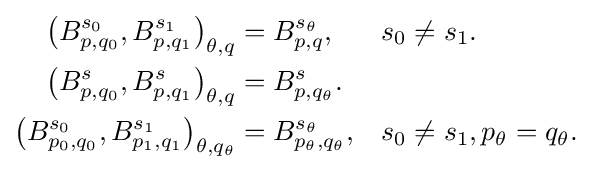
{\begin{aligned}\left(B_{p,q_{0}}^{s_{0}},B_{p,q_{1}}^{s_{1}}\right)_{\theta ,q}&=B_{p,q}^{s_{\theta }},&&s_{0}\neq s_{1}.\\\left(B_{p,q_{0}}^{s},B_{p,q_{1}}^{s}\right)_{\theta ,q}&=B_{p,q_{\theta }}^{s}.\\\left(B_{p_{0},q_{0}}^{s_{0}},B_{p_{1},q_{1}}^{s_{1}}\right)_{\theta ,q_{\theta }}&=B_{p_{\theta },q_{\theta }}^{s_{\theta }},&&s_{0}\neq s_{1},p_{\theta }=q_{\theta }.\end{aligned}}